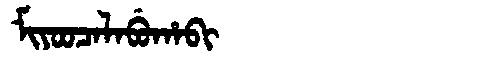
Manchu: ᠮᡳᠶᠣᠣᠴᠠᠯᠠᠪᡠᡥᠠᠪᡳ
Romanization: MIYOOCALABUHABI